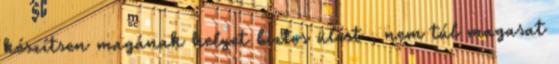
készítsen magának helyet biztos ülést , nem túl magasat